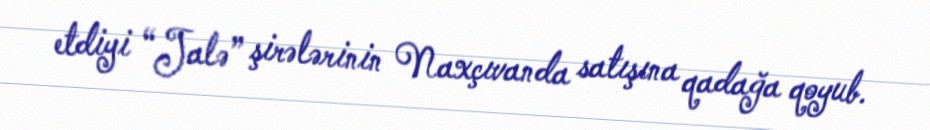
etdiyi “Jalə” şirələrinin Naxçıvanda satışına qadağa qoyub.